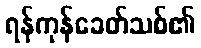
ရန်ကုန်ခေတ်သစ်၏